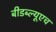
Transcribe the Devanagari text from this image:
बीडब्ल्यूएच